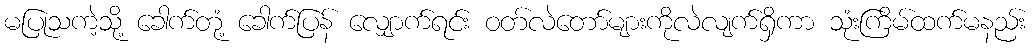
မပြုသကဲ့သို့ ခေါက်တုံ့ ခေါက်ပြန် လျှောက်ရင်း ဝတ်လဲတော်များကိုလဲလျက်ရှိကာ သုံးကြိမ်ထက်မနည်း